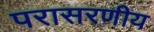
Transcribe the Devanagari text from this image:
परासरणीय